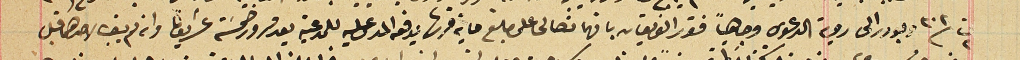
ت٢ ٣٠٣ وبودر الى روية الدعوى وجاهياً فقرر الفريقان بانهما تصالحا على مبلغ ماية قرش يدفعه المدعى عليه للمدعية بعد مرور خمسَة عشريومًا وانه لم يبق لاحدهما قبل